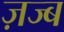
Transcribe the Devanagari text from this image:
ज़ज्ब